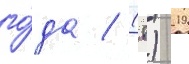
го́да / (8) 19